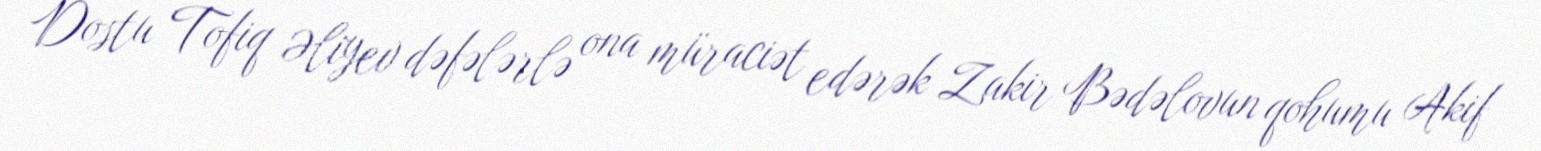
Dostu Tofiq Əliyev dəfələrlə ona müraciət edərək Zakir Bədəlovun qohumu Akif